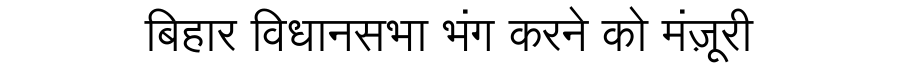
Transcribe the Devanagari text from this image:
बिहार विधानसभा भंग करने को मंज़ूरी